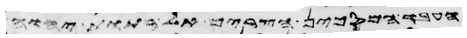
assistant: עבר בין הגזרים האלה ביום